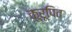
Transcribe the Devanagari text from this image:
कुरूपित